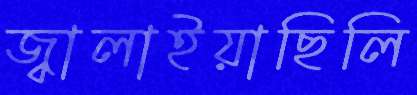
জ্বালাইয়াছিলি